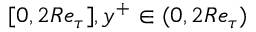
[ 0 , 2 R e _ { \tau } ] , y ^ { + } \in ( 0 , 2 R e _ { \tau } )